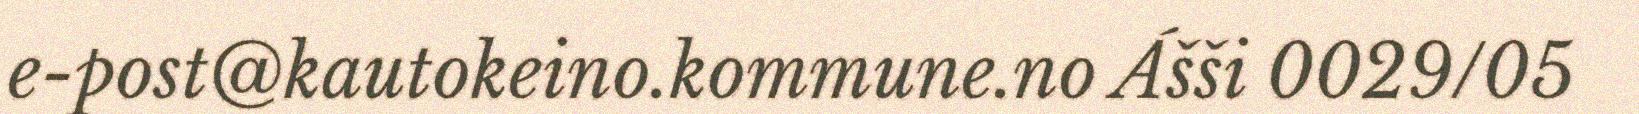
e-post@kautokeino.kommune.no Ášši 0029/05